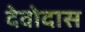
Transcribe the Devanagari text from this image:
देवोदास